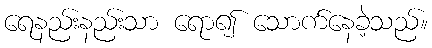
ရေနည်းနည်းသာ ရော၍ သောက်နေခဲ့သည်။